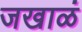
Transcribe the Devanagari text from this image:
जखाळं